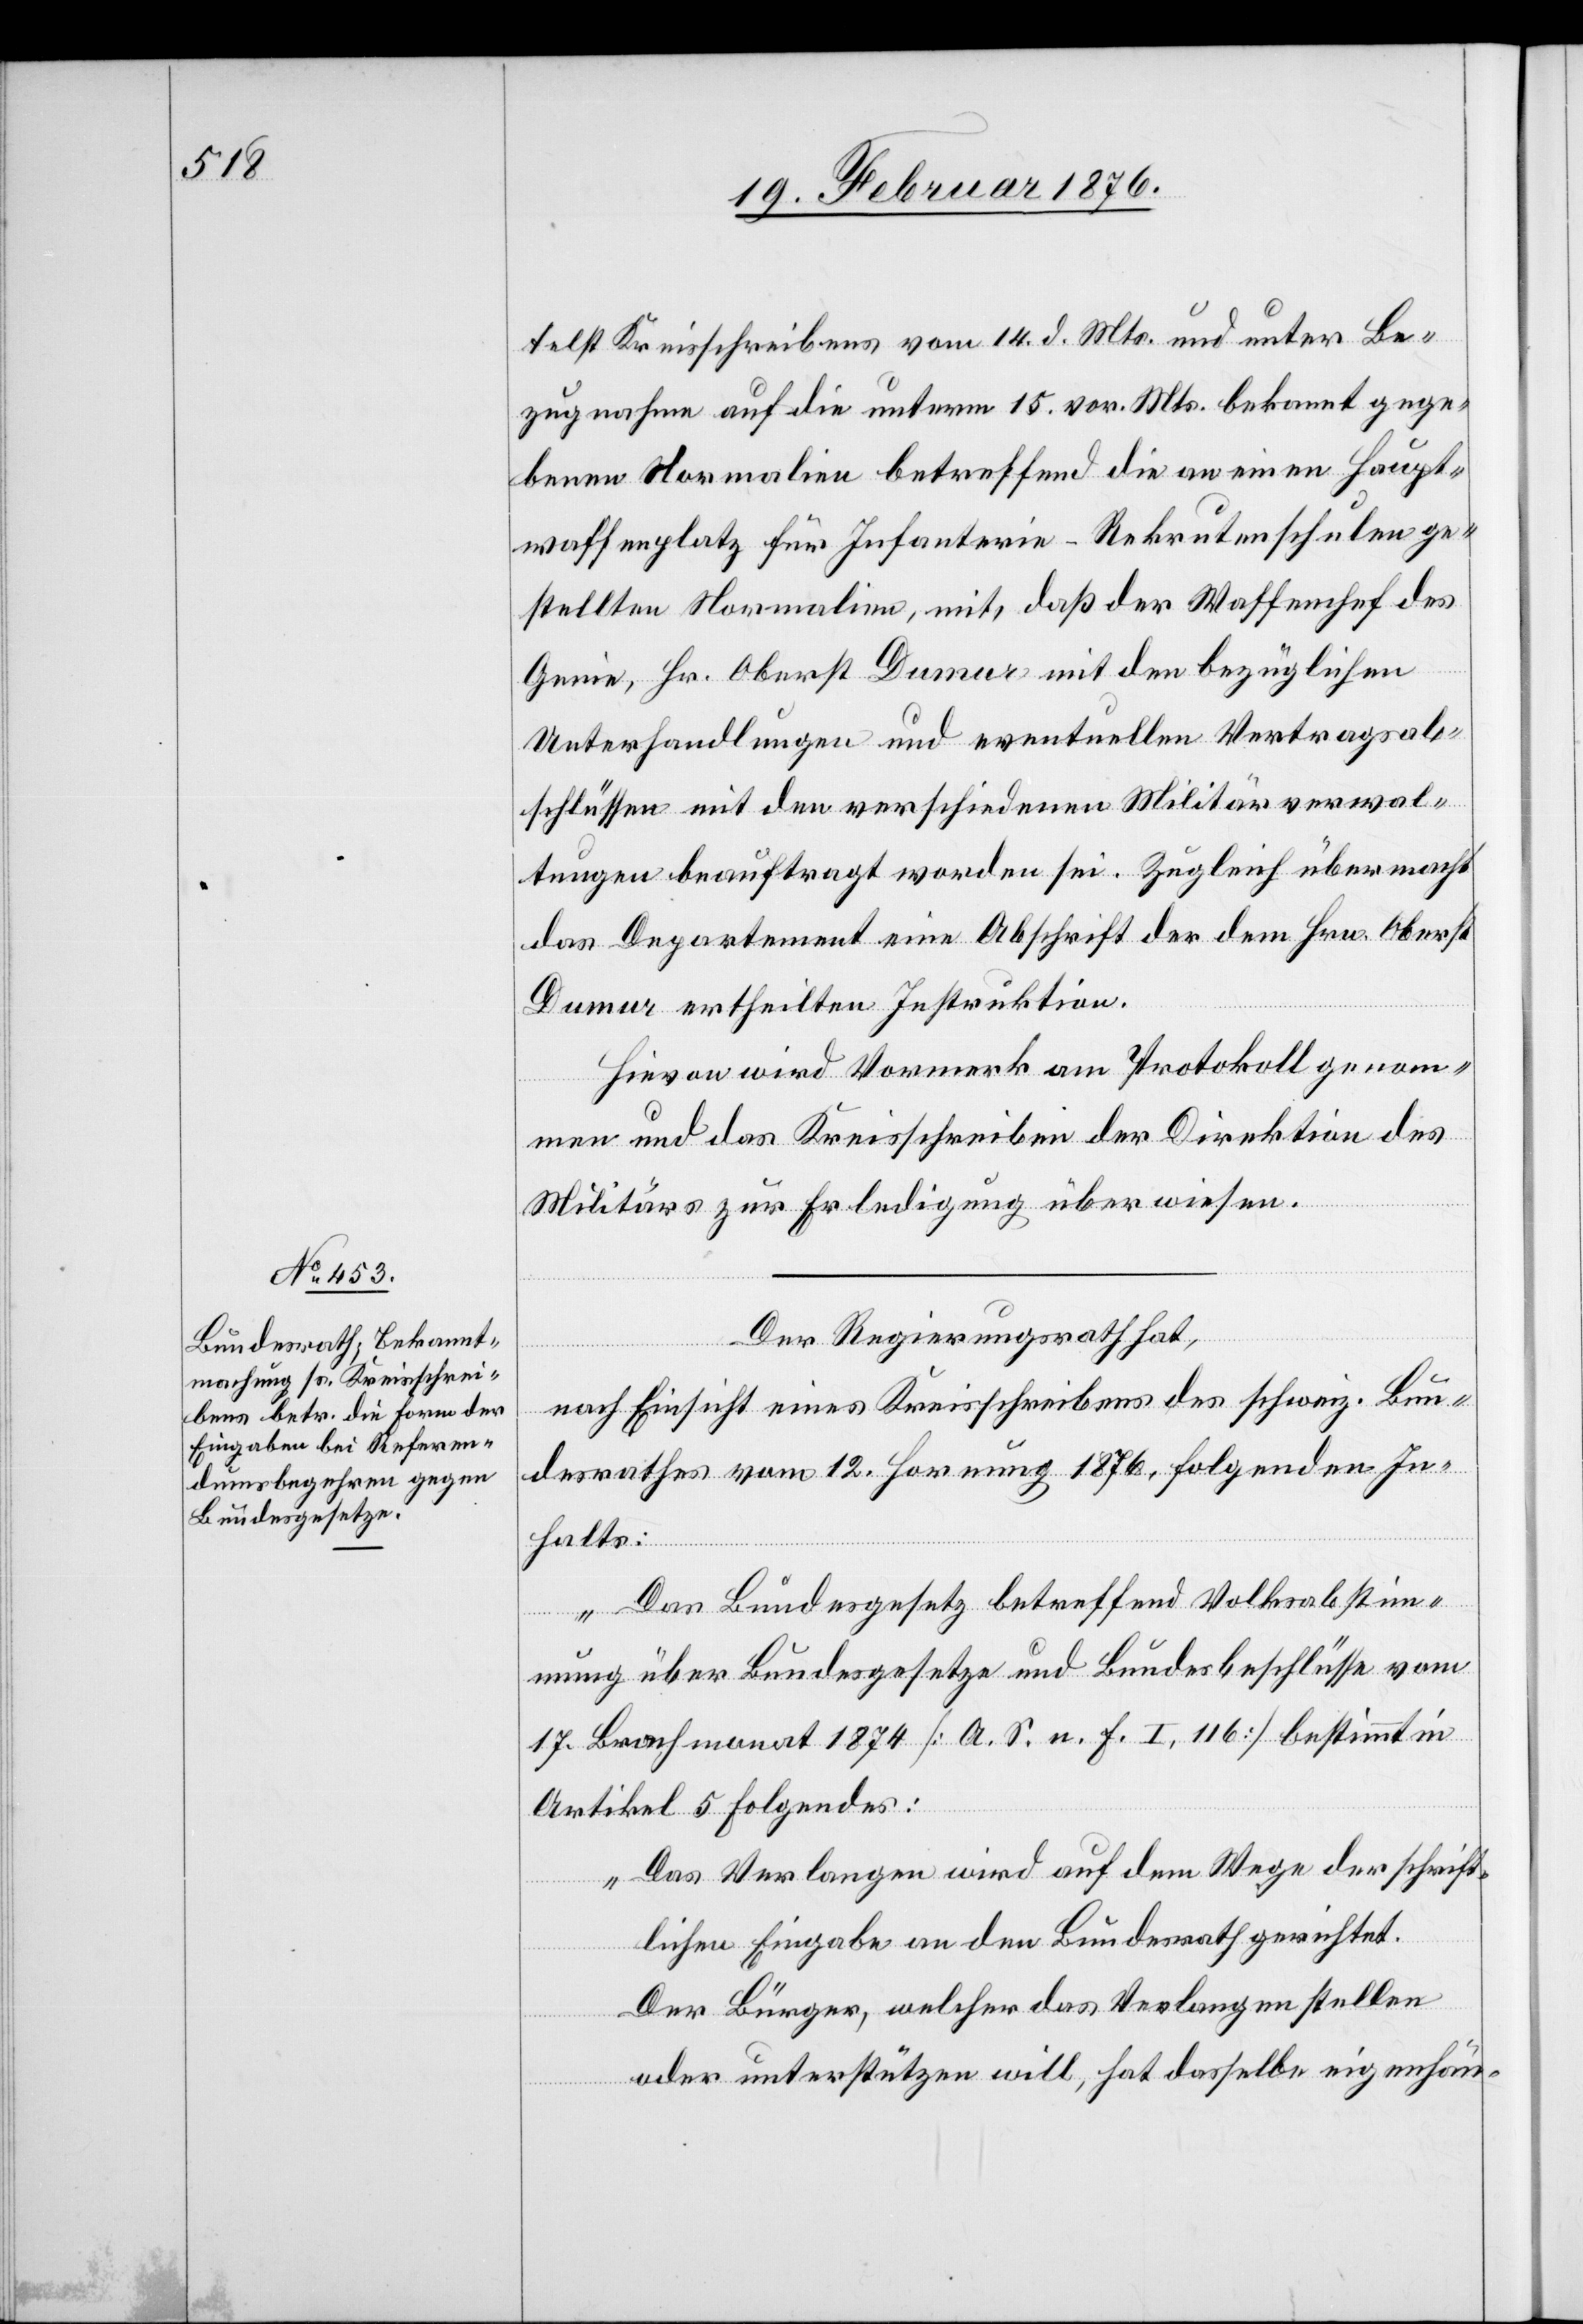
telst Kreisschreiben vom 14. d. Mts. und unter Be¬
zugnahme auf die unterm 15. vor. Mts. bekannt gege¬
benen Normalien betreffend die an einen Haupt¬
waffenplatz für Infanterie-Rekrutenschulen ge¬
stellten Normalien, mit, daß der Waffenchef des
Genie, Hr. Oberst Dumur mit den bezüglichen
Unterhandlungen und eventuellen Vertragsab¬
schlüssen mit den verschiedenen Militärverwal¬
tungen beauftragt worden sei. Zugleich übermacht
das Departement eine Abschrift der dem Hrn. Oberst
Dumur ertheilten Instruktionen.
Hievon wird Vormerk am Protokoll genom¬
men und das Kreisschreiben der Direktion des
Militärs zur Erledigung überwiesen.
Der Regierungsrath hat,
nach Einsicht eines Kreisschreibens des schweiz. Bun¬
desrathes vom 12. Hornung 1876, folgenden In¬
halts:
„Das Bundesgesetz betreffend Volksabstim¬
mung über Bundesgesetze und Bundesbeschlüsse vom
17. Brachmonat 1875 [A. s. n. f. I, 116] bestimmt in
Artikel 5 Folgendes:
„Das Verlangen wird auf dem Wege der schrift¬
lichen Eingabe an den Bundesrath gerichtet.
Der Bürger, welcher das Verlangen stelle
oder unterstützen will, hat dasselbe eigenhän-